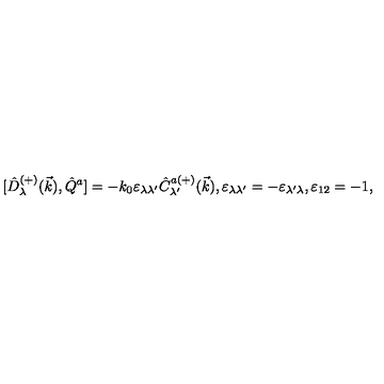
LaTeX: { [ } \hat { D } _ { \lambda } ^ { ( + ) } ( \vec { k } ) , \hat { Q } ^ { a } ] = - k _ { 0 } \varepsilon _ { \lambda \lambda ^ { \prime } } \hat { C } _ { \lambda ^ { \prime } } ^ { a ( + ) } ( \vec { k } ) , \varepsilon _ { \lambda \lambda ^ { \prime } } = - \varepsilon _ { \lambda ^ { \prime } \lambda } , \varepsilon _ { 1 2 } = - 1 ,